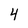
Character: 4